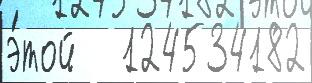
э́той   124534182